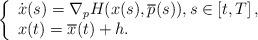
LaTeX: \begin{align*}\left\{\begin{array}{l}\dot{x}(s)= \nabla_p H(x(s),\overline{p}(s)), s\in \left[ t, T \right],\\x(t)=\overline{x}(t)+h.\end{array}\right.\end{align*}